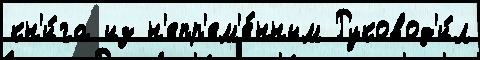
кн'и́га из н'епр'ем'е́нным Руковод'и́л